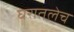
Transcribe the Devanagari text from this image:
घरातलेच